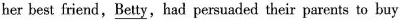
her hest friend,\underline{Betty},had persuaded their parents to buy